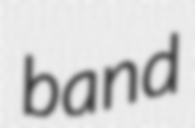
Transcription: band